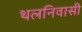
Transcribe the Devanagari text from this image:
थलनिवासी